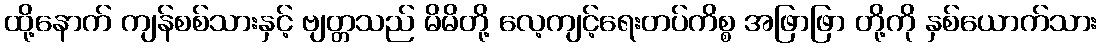
ထို့နောက် ကျန်စစ်သားနှင့် ဗျတ္တသည် မိမိတို့ လေ့ကျင့်ရေးတပ်ကိစ္စ အဖြာဖြာ တို့ကို နှစ်ယောက်သား